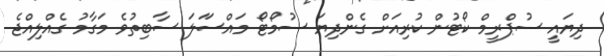
ދިޔައީ ސުޕްރީމް ކޯޓުން ކުރިއަށް ގެންދިޔަ ސުމޯޓޯ މައްސަަލަ ސާބިތުވެ މަގާމު ގެއްލިއްޖެ